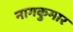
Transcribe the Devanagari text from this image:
नागकुमार